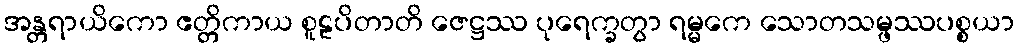
အန္တရာယိကော ဧတ္တိကာယ စူဠပိတာတိ ဇေဋ္ဌဿ ပုရေက္ခတွာ ရမ္မကေ သောတသမ္ဖဿပစ္စယာ